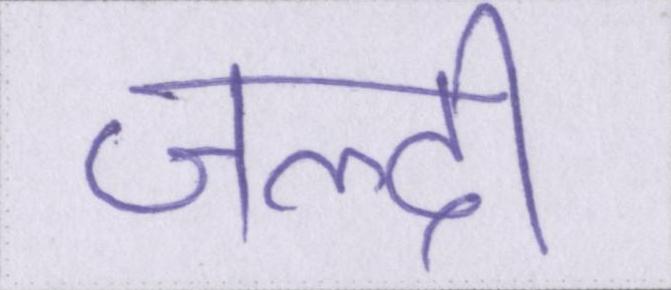
जल्दी